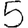
Digit: 5